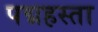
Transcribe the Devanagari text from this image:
पद्महस्ता